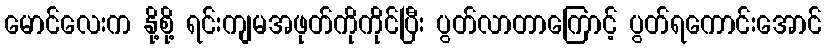
မောင်လေးက နို့စို့ ရင်းကျမအဖုတ်ကိုကိုင်ပြီး ပွတ်လာတာကြောင့် ပွတ်ရကောင်းအောင်